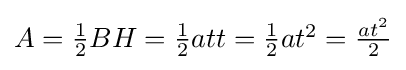
{\textstyle A={\frac {1}{2}}BH={\frac {1}{2}}att={\frac {1}{2}}at^{2}={\frac {at^{2}}{2}}}